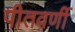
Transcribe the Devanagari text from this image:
पीतवर्णी